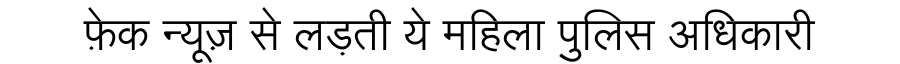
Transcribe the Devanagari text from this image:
फ़ेक न्यूज़ से लड़ती ये महिला पुलिस अधिकारी